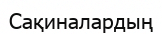
Сақиналардың